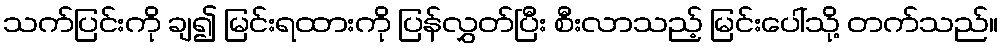
သက်ပြင်းကို ချ၍ မြင်းရထားကို ပြန်လွှတ်ပြီး စီးလာသည့် မြင်းပေါ်သို့ တက်သည်။